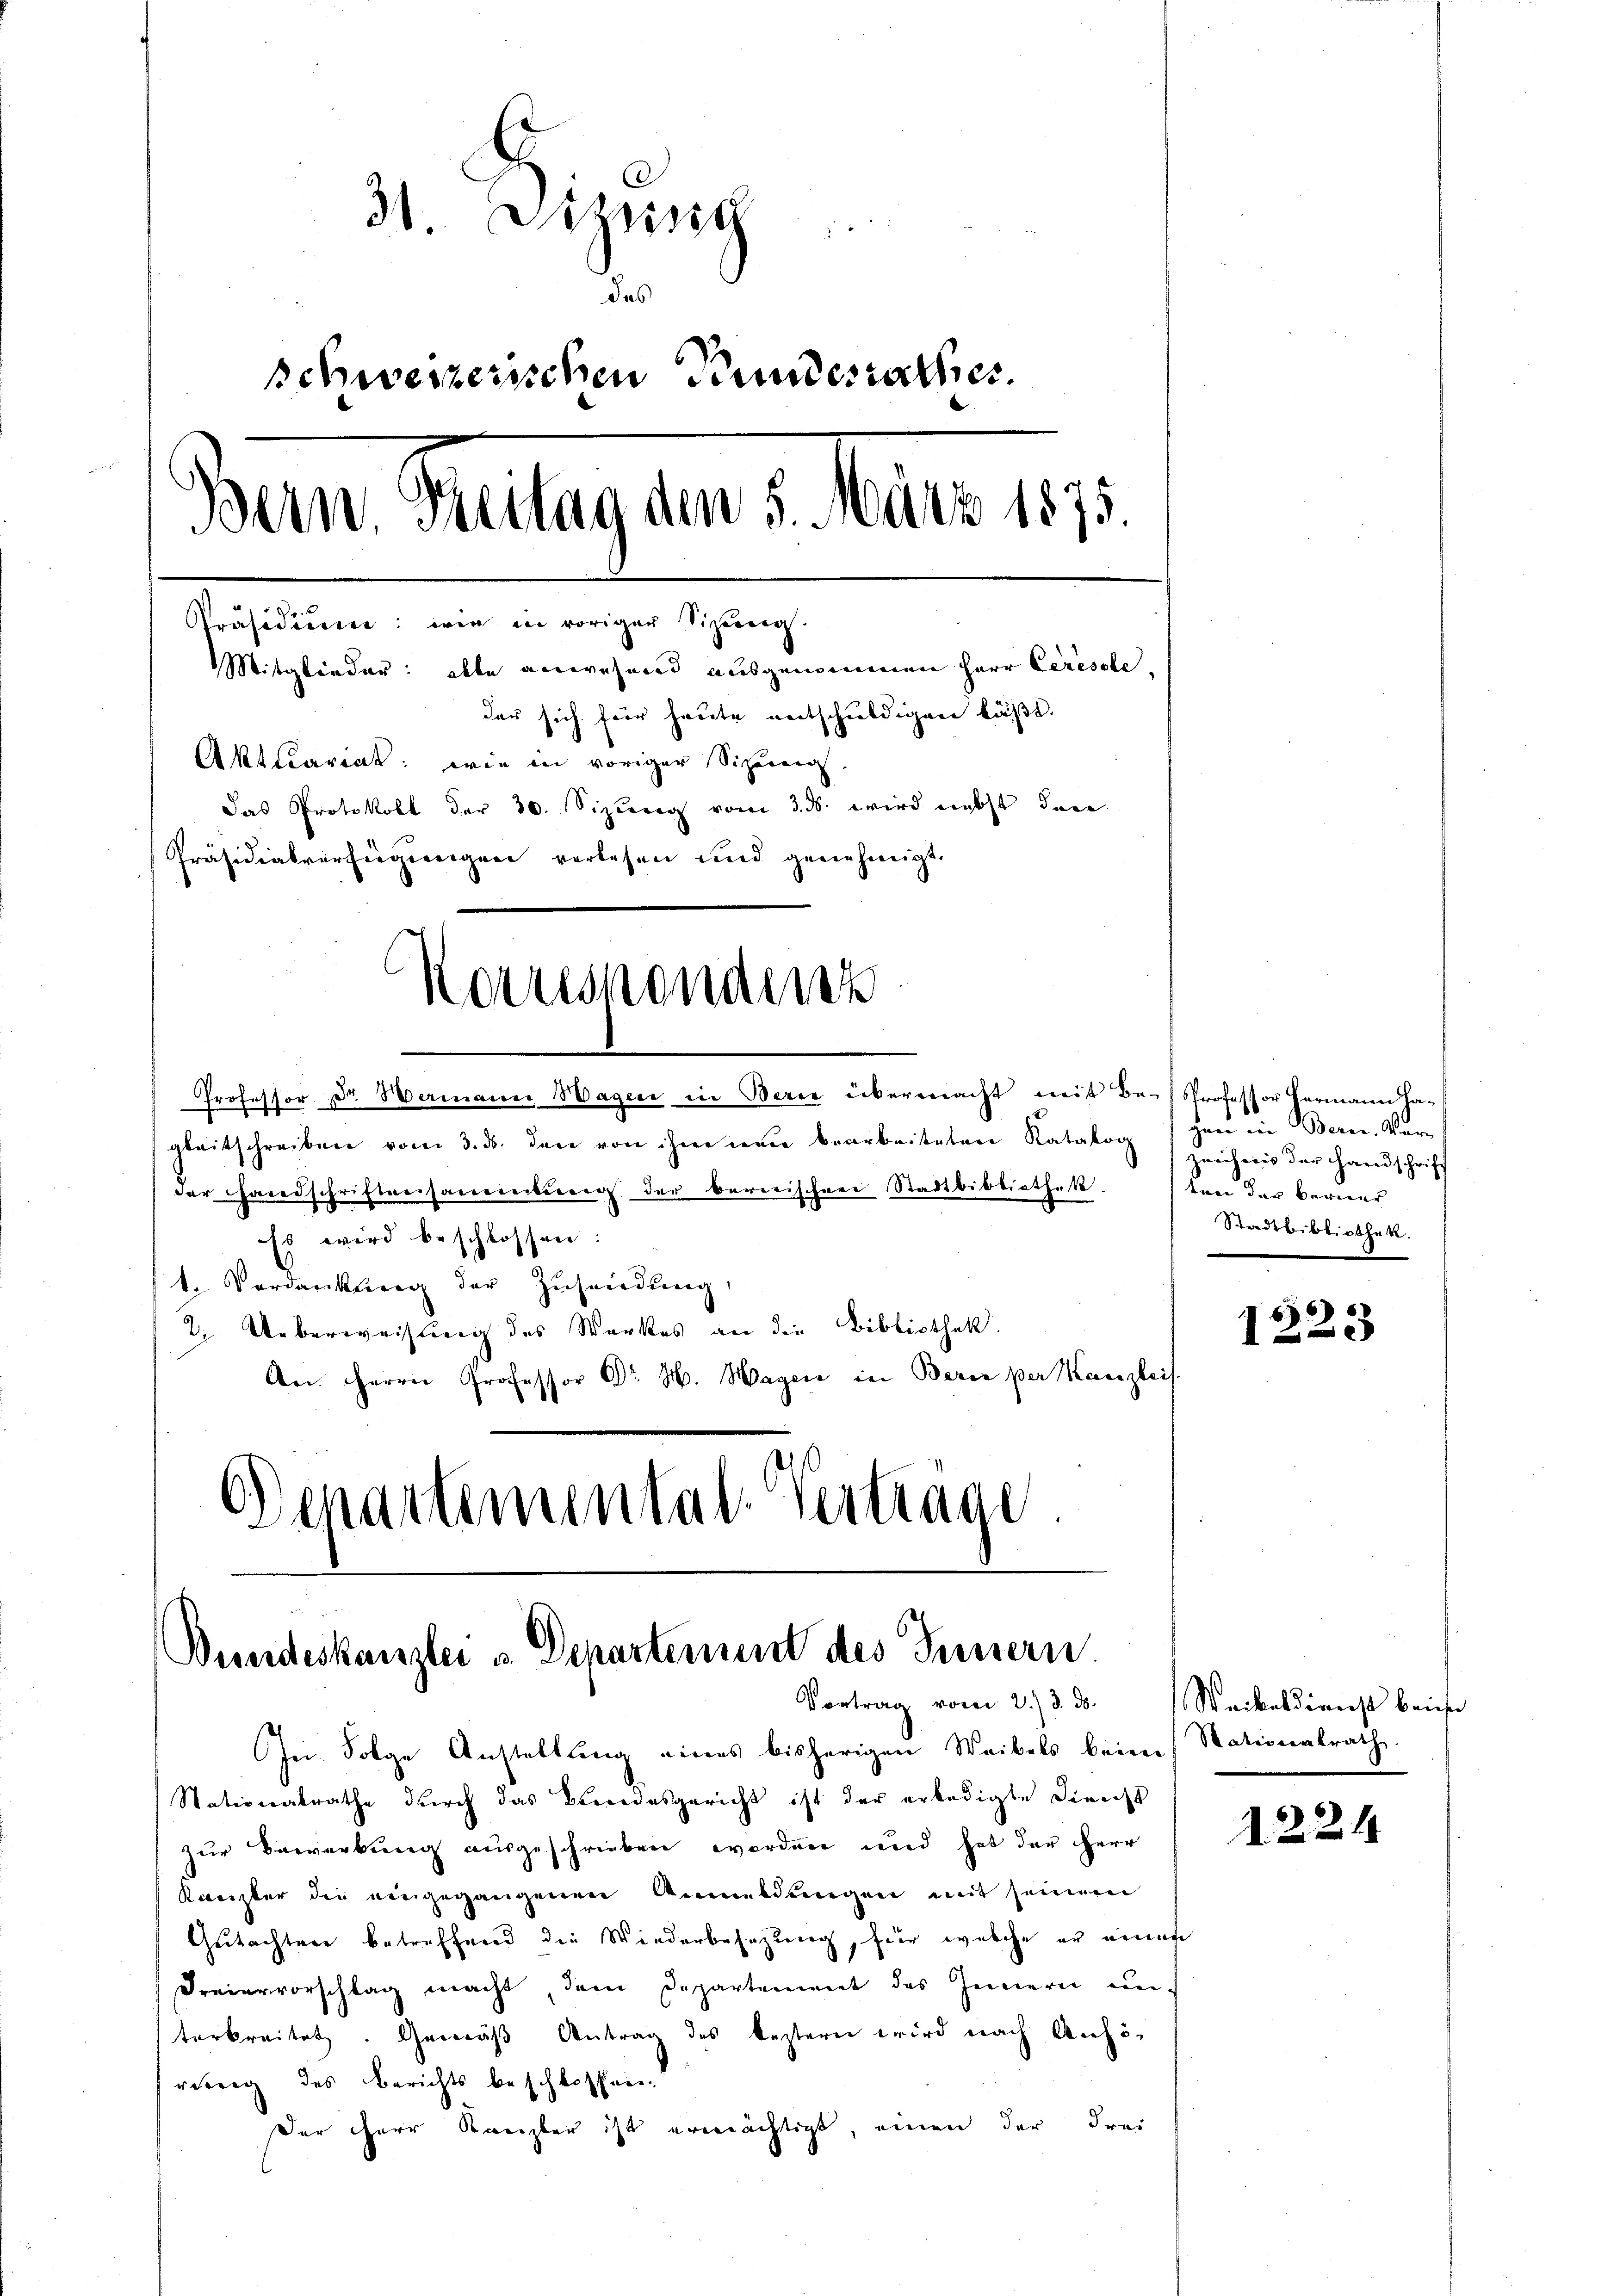
31. Dazwisch
n
des
schweizerischen Grundesrathes.
Ban. Reitag den 1. März 1873.
Präsidium: wie in voriger Sizung.
Mitglieder: alle anwesend ausgenommen Herr Ceresole,
den sich für heute entschuldigen läßt.
Aktuariat: wie in voriger Sichenen
das Protokoll der 30. Sizung vom 3. ds. wird nebst dere
Präsidialverfügungen verlesen und genehmigt.

Korresponder

Professor Dr. Wemann Hagen in Berne übermacht mit Be- Professor Hermann ha-
gleitschreiben vom 3. ds. den von ihm neue bearbeiteten Katalog
der Handschriftversamereitung der bererischen Stadtbibliothek
Es wird beschlossen:
t. Verdankung der Zusendung,
2. Ueberweisung des Werkes an die Bibliothek.
An Herrn Professor Dr. H. Hager in Berne per Kanzleis
Departemental-Vertrage.

Wundeskanzlei u. Departement des Innern.
Vortrag vom 2. 3. 3. Weikeldienst beimer

In Folge Anstellung eines bisherigen Waibels beim Nationalrath.
Nationalrathe durch das Beendesgericht ist der erledigte Dienst
zur Bewerbung ausgeschrieben worden und hat der Herr
Kanzler die eingegangenen Anmeldŭngen mit seinem
Gutachten betreffend die Wiederbesezung, für welche er eines
Freiervorschlag macht, dem Departement des Innern unterbreitet. Gemäß Antrag des bestern wird nach Anhörung des Berichts beschlossen.
Der herr Kanzler ist ermächtigt, einen der Frei

hen in Bern. Kar
zweihens der Handschrift
ten der bereiner
Stadtbibliothek.

6
1223

1224